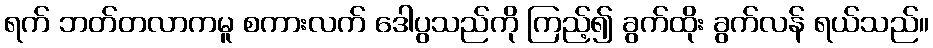
ရက် ဘတ်တလာကမူ စကားလက် ဒေါပွသည်ကို ကြည့်၍ ခွက်ထိုး ခွက်လန် ရယ်သည်။